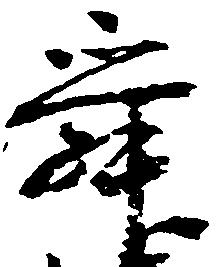
舜